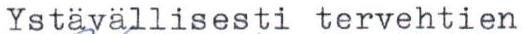
Ystävällisesti tervehtien